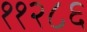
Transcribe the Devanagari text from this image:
११२८६